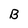
Character: B